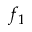
f _ { 1 }